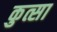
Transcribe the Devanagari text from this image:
कुत्सा